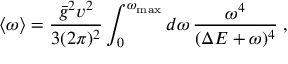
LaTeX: \langle \omega \rangle = \frac { \bar { g } ^ { 2 } v ^ { 2 } } { 3 ( 2 \pi ) ^ { 2 } } \int _ { 0 } ^ { \omega _ { \mathrm { m a x } } } d \omega \, \frac { \omega ^ { 4 } } { ( \Delta E + \omega ) ^ { 4 } } \; ,